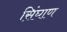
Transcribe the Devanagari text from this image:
सिंघाण